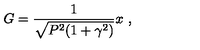
G = \frac { 1 } { \sqrt { P ^ { 2 } ( 1 + \gamma ^ { 2 } ) } } x \ ,